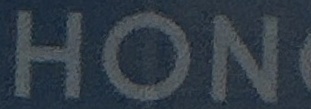
HON